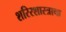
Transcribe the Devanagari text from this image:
शरिरशास्त्राचा